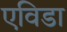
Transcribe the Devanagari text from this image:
एविडा